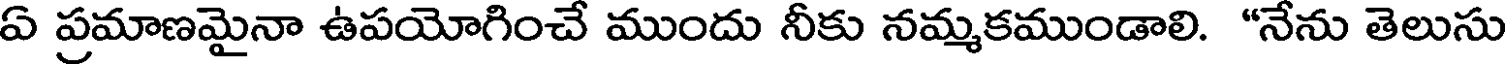
ఏ ప్రమాణమైనా ఉపయోగించే ముందు నీకు నమ్మకముండాలి. "నేను తెలుసు